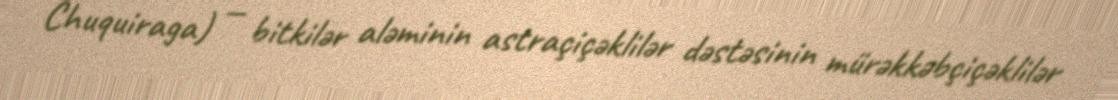
Chuquiraga) — bitkilər aləminin astraçiçəklilər dəstəsinin mürəkkəbçiçəklilər